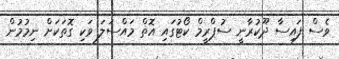
ވެސް ފައިސާ ދޫކުރާނީ ސުޕްރީމް ކޯޓުގައި އޮތް މައްސަލަ ވަކި ގޮތަކަށް ނިމުމުން